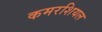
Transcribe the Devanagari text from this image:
कमरशियल